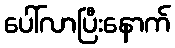
ပေါ်လာပြီးနောက်